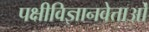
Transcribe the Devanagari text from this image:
पक्षीविज्ञानवेत्ताओं